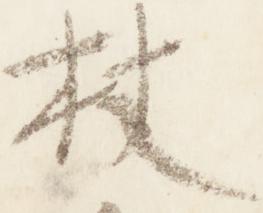
杖